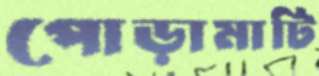
পোড়ামাটি